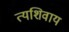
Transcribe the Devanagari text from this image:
त्यशिवाय